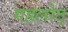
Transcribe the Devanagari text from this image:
गहलोत्